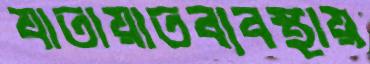
যাতায়াতব্যবস্থায়